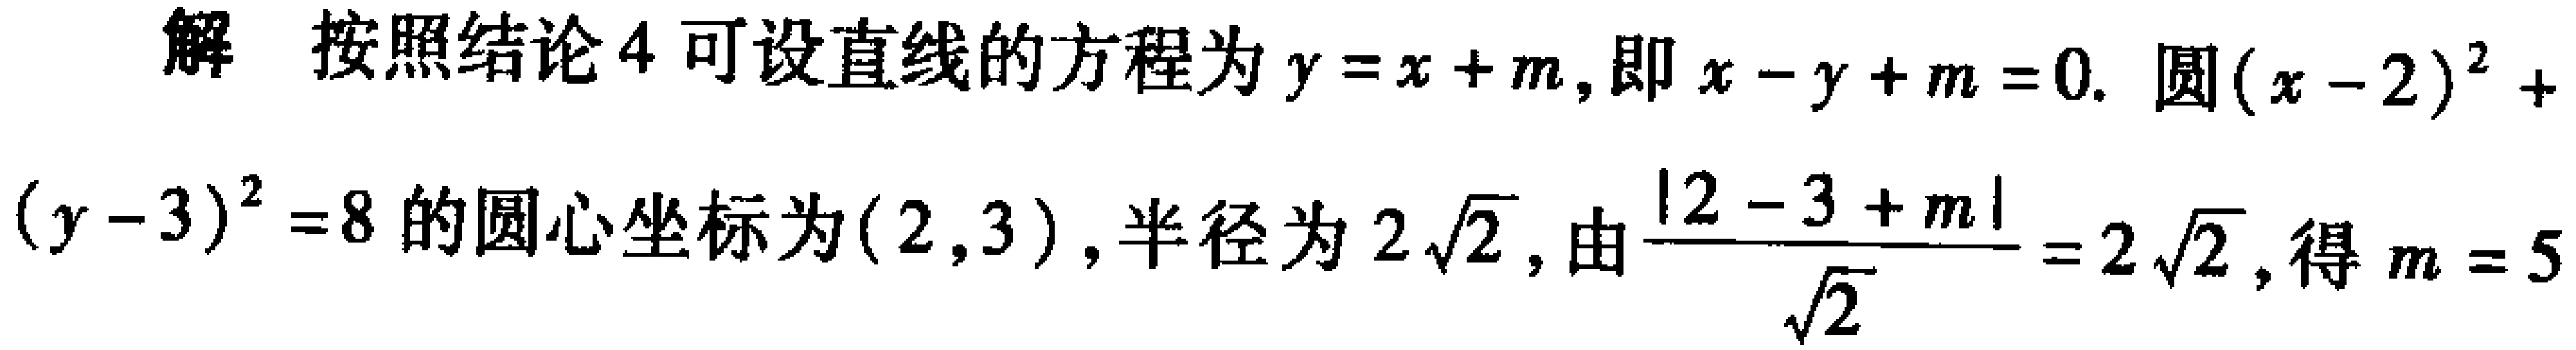
解 按照结论4可设直线的方程为\(y = x + m\)，即\(x - y + m = 0\). 圆\((x - 2)^2 + (y - 3)^2 = 8\)的圆心坐标为\((2,3)\)，半径为\(2\sqrt{2}\)，由\(\frac{|2 - 3 + m|}{\sqrt{2}} = 2\sqrt{2}\)，得\(m = 5\)